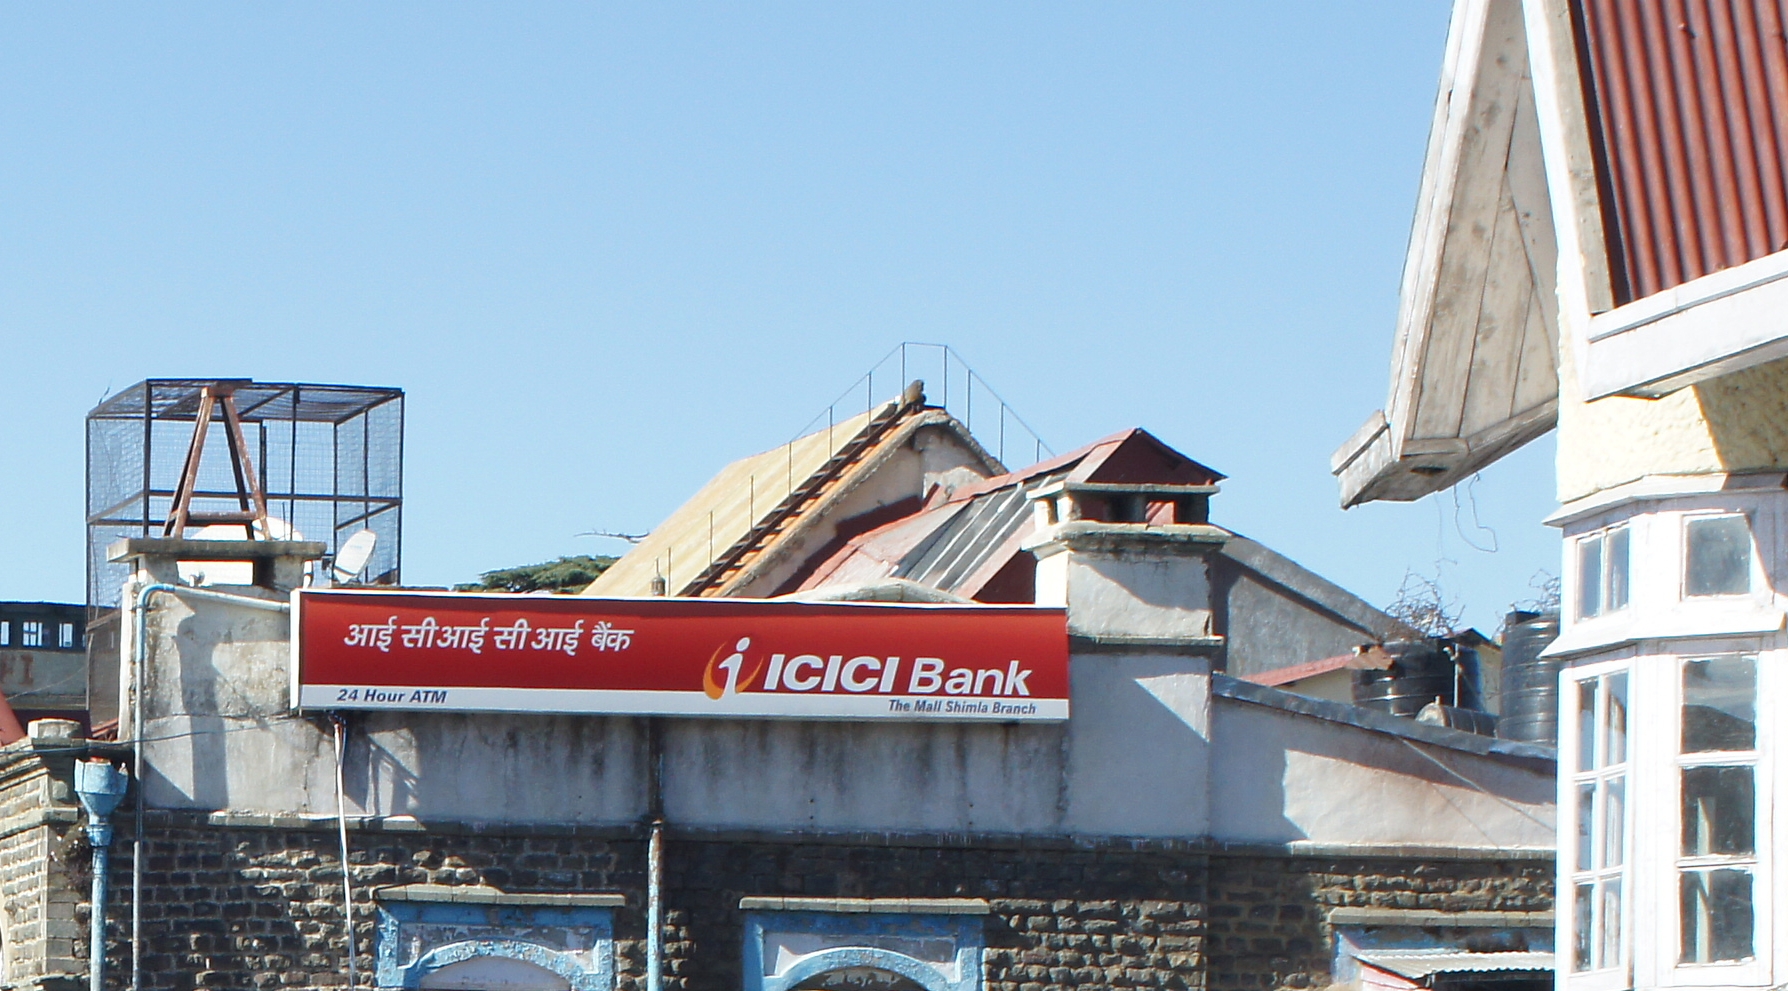
Language: hindi
Transcription: बैंक सी सी